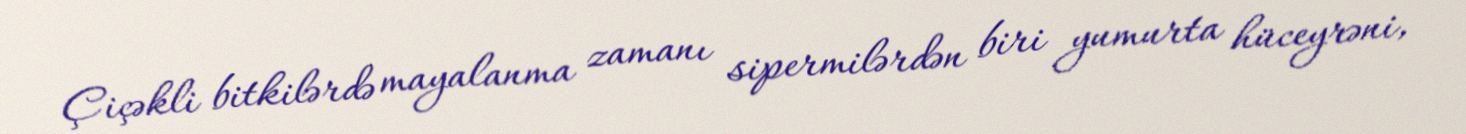
Çiçəkli bitkilərdə mayalanma zamanı sipermilərdən biri yumurta hüceyrəni,